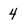
Character: 4